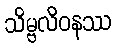
သိမ္ဗလိဝနဿ